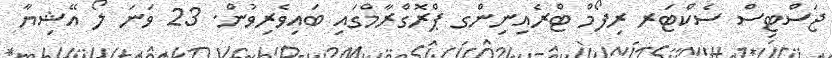
ޖަސްޓިސް ސެކްޓަރ ރިފޯމް ޓްރެއިނިންގ ޕްރޮގްރާމްގައި ބައިވެރިވުން. 23 ވަނަ ލޯ އޭޝިޔާ